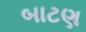
બાટણ